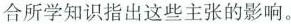
合所学知识指出这些主张的影响。